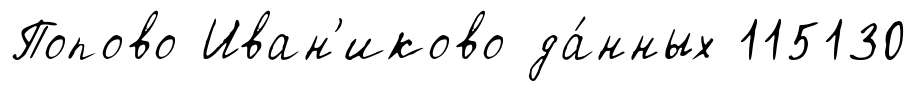
Попово Иван'иково да́нных 115130